Report on vaccination in Madras 1922-1929 - 1922-1929
Year: 1922
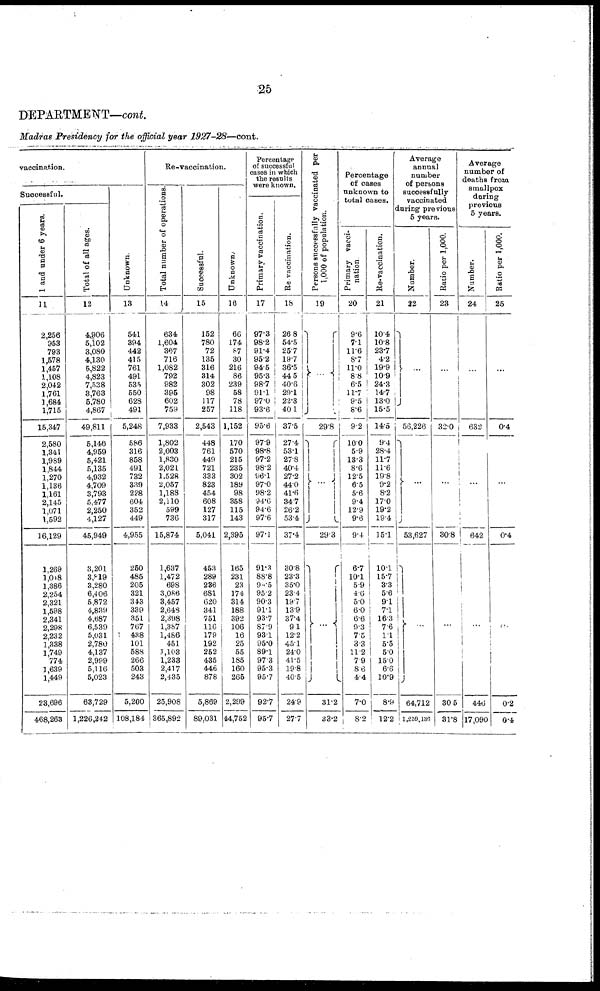
25
DEPARTMENT—cont.
Madras Presidency for the official year 1927-28—cont.
vaccination.
Successful.
1 and under 6 years.
11
2,256
953
793
1,578
1,457
1,108
2,042
1,761
1,684
1,715
15,347
2,580
1,341
1,989
1,844
1,270
1,136
1,161
2,145
1,071
1,592
16,129
1,269
1,018
1,386
2,254
2,321
1,598
2,341
2,298
2,232
1,338
1,749
774
1,639
1,449
23,696
468,263
Total of all ages.
12
4,906
5,102
3,080
4,130
5,822
4,823
7,538
3,763
5,780
4,867
49,811
5,146
4,959
5,421
5,135
4,932
4,709
3,793
5,477
2,250
4,127
45,949
3,201
3,819
3,280
6,406
5,872
4,839
4,687
6,539
5,031
2,780
4,137
2,999
5,116
5,023
63,729
1,226,242
Unknown.
13
541
394
442
415
761
491
535
550
628
491
5,248
586
316
858
491
732
339
228
604
352
449
4,955
250
485
205
321
343
339
351
767
438
101
588
266
503
243
5,200
108,184
Re-vaccination.
Total number of operations.
14
634
1,604
367
716
1,082
792
982
395
602
759
7,933
1,802
2,003
1,830
2,021
1,528
2,057
1,188
2,110
599
736
15,874
1,637
1,472
698
3,086
3,457
2,648
2,398
1,387
1,486
451
1,103
l,233
2,415
2,435
25,908
365,892
Successful.
15
152
780
72
135
316
314
302
98
117
257
2,543
448
761
449
721
333
823
454
608
127
317
5,041
453
289
236
681
620
341
751
116
179
192
252
435
446
878
5,869
89,031
Unknown.
16
66
174
87
30
216
86
239
58
78
118
1,152
170
570
215
235
302
189
98
358
115
143
2,395
165
231
23
174
314
188
392
106
16
25
55
185
160
265
2,299
44,752
Percentage
of successful
cases in which
the results
were known.
Primary vaccination.
17
97.3
98.2
91.4
95.2
94.5
95.3
98.7
91.1
97.0
93.6
95.6
97.9
98.8
97.2
98.2
96.1
97.0
98.2
94.6
94.6
97.6
97.1
91.3
88.8
90.5
95.2
90.3
91.1
93.7
87.9
93.1
95.0
89.1
97.3
95.3
95.7
92.7
95.7
Re-vaccination.
18
26.8
54.5
25.7
19.7
36.5
44.5
40.6
29.1
22.3
40.1
37.5
27.4
53.1
27.8
40.4
27.2
44.0
41.6
34.7
26.2
53.4
37.4
30.8
23.3
35.0
23.4
19.7
13.9
37.4
9.1
12.2
45.1
24.0
41.5
19.8
40.5
24.9
27.7
Persons successfully vaccinated per
1,000 of population.
19
...
29.8
...
29.3
...
31.2
33.2
Percentage
of cases
unknown to
total cases.
Primary vacci-
nation
20
9.6
7.1
11.6
8.7
11.0
8.8
6.5
11.7
9.5
8.6
9.2
10.0
5.9
13.3
8.6
12.5
6.5
5.6
9.4
12.9
9.6
9.4
6.7
10.1
5.9
4.6
5.0
6.0
6.6
9.3
7.5
3.3
11.2
7.9
8.6
4.4
7.0
8.2
Re-vaccination.
21
10.4
10.8
23.7
4.2
19.9
10.9
24.3
14.7
13.0
15.5
14.5
9.4
28.4
11.7
11.6
19.8
9.2
8.2
17.0
19.2
19.4
15.1
10.1
15.7
3.3
5.6
9.1
7.1
16.3
7.6
1.1
5.5
5.0
15.0
6.6
10.9
8.9
12.2
Average
annual
number
of persons
successfully
vaccinated
during previous
5 years.
Number.
22
...
56,226
...
53,627
...
64,712
1,259,136
Ratio per 1,000.
23
...
32.0
...
30.8
...
30.5
31.8
Average
number of
deaths from
smallpox
during
previous
5 years.
Number.
24
...
632
...
642
...
446
17,090
Ratio per 1,000.
25
...
0.4
...
0.4
...
0.2
0.4